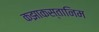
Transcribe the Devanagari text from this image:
कझाकस्तानिम